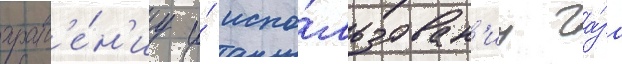
хран'е́н'иу и́ испо́льзован'иу га́за